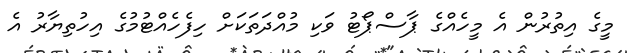
މީގެ އިތުރުން އެ މީހެއްގެ ޕާސްޕޯޓު ވަކި މުއްދަތަކަށް ހިފެހެއްޓުމުގެ އިހުތިޔާރު އެ